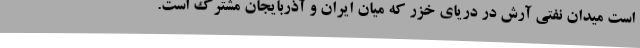
است میدان نفتی آرش در دریای خزر که میان ایران و آذربایجان مشترک است.